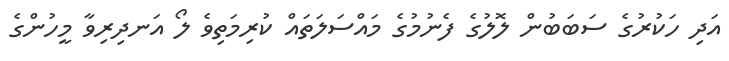
އަދި ހަކުރުގެ ސަބަބުން ލޮލުގެ ފެނުމުގެ މައްސަލަތައް ކުރިމަތިވެ ލޯ އަނދިރިވާ މީހުންގެ